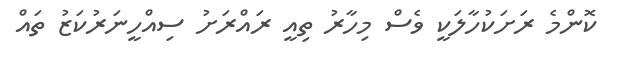
ކޮންމެ ރަށަކުހާލަކީ ވެސް މިހާރު ތިއީ ރައްރަށު ސިއްހީނަރުކަޒު ތައް